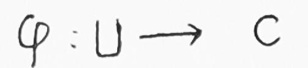
\[
\varphi: U \to \mathbb{C}
\]